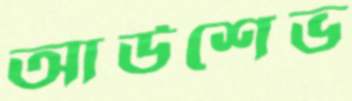
আউশেভ